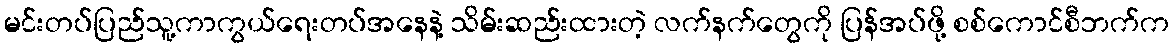
မင်းတပ်ပြည်သူ့ကာကွယ်ရေးတပ်အနေနဲ့ သိမ်းဆည်းထားတဲ့ လက်နက်တွေကို ပြန်အပ်ဖို့ စစ်ကောင်စီဘက်က